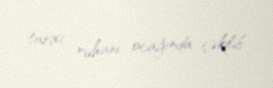
tarixi ruhani ocağında çəkilib.